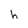
Character: h